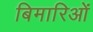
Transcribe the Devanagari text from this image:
बिमारिओं